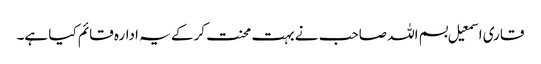
قاری اسمعیل بسم اللہ صاحب نے بہت محنت کرکے یہ ادارہ قائم کیا ہے۔